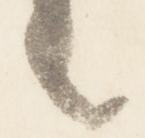
々